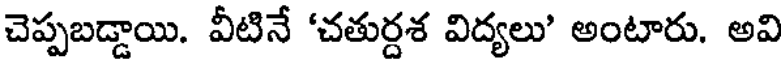
చెప్పబడ్డాయి. వీటినే 'చతుర్దశ విద్యలు' అంటారు. అవి